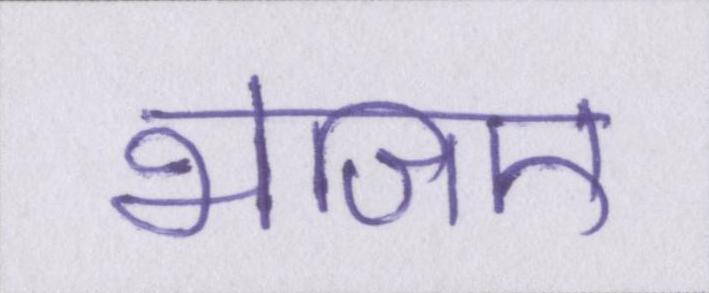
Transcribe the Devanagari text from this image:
भेजिए